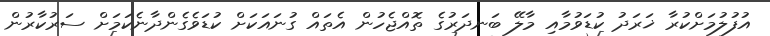
އުފުލުމަށްކުރާ ޚަރަދު ކުޑަވުމާއި މާލޭ ބަނދަރުގެ ތޮއްޖެހުން އެތައް ގުނައަކަށް ކުޑަވެގެންދާނެކަމަށް ސަރުކާރުން